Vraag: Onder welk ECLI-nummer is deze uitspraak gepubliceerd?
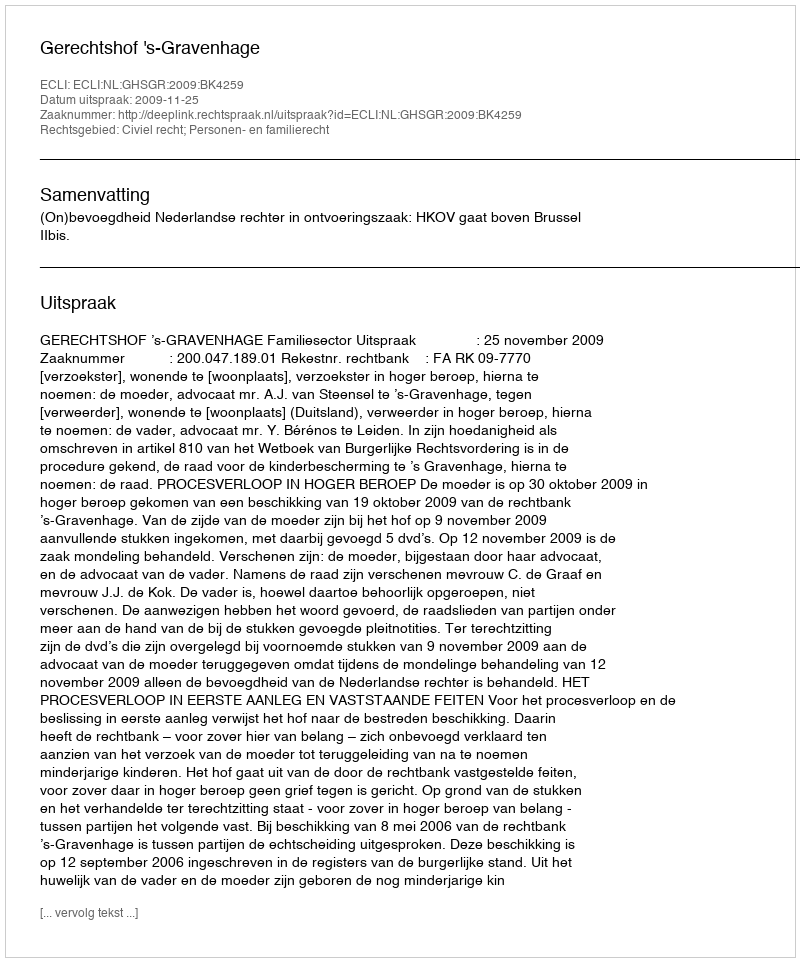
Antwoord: ECLI:NL:GHSGR:2009:BK4259